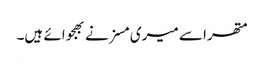
متھرا سے میری مسز نے بھجوائے ہیں۔